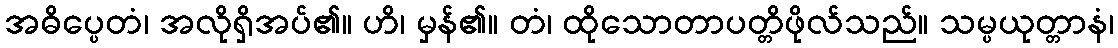
အဓိပ္ပေတံ၊ အလိုရှိအပ်၏။ ဟိ၊ မှန်၏။ တံ၊ ထိုသောတာပတ္တိဖိုလ်သည်။ သမ္ပယုတ္တာနံ၊